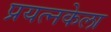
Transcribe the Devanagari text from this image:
प्रयत्नकेला